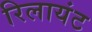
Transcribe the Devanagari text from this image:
रिलायंट